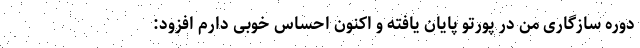
دوره سازگاری من در پورتو پایان یافته و اکنون احساس خوبی دارم افزود: